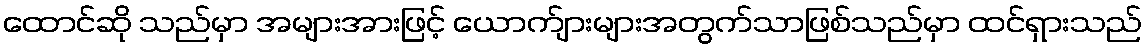
ထောင်ဆို သည်မှာ အများအားဖြင့် ယောက်ျားများအတွက်သာဖြစ်သည်မှာ ထင်ရှားသည်